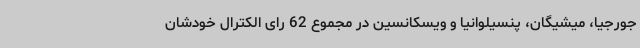
جورجیا، میشیگان، پنسیلوانیا و ویسکانسین در مجموع 62 رای الکترال خودشان